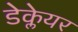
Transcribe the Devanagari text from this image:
डेक्लेयर